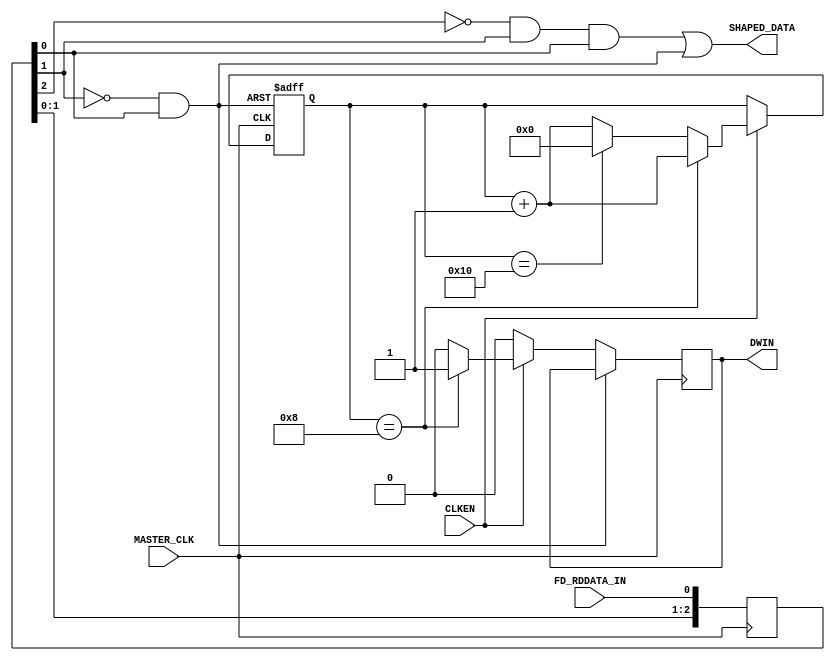
module DataSeparator(MASTER_CLK, CLKEN, FD_RDDATA_IN, SHAPED_DATA, DWIN);

	input				MASTER_CLK;			// Master Clock -- Data rate * PJL_COUNTER_MAX
	input				CLKEN;				// Clock Enable -- allows input clock to be divided down
	input				FD_RDDATA_IN;		// L->H on flux transition
	output			SHAPED_DATA;		// Reshaped data pulses
	output			DWIN;					// Data Window

	// Max counter value for PJL data separator.
	// 16 for 32-clock (16MHz=500kbps), 20 for 40-clock (20MHz=500kbps)
	parameter PJL_COUNTER_MAX = 8'd16;

/////////////////////////////////////////////////////////////////////////////
// "Phase-jerked loop" data separator
// Designed by James Thompson, Analog Innovations, Phoenix AZ.
//   Original schematic: http://www.analog-innovations.com/SED/FloppyDataExtractor.pdf
// Verilog implementation by Phil Pemberton
// Core rewritten 2010-01-29 to get more flexibility for clocking
// Rewritten from scratch 2011-12-31 to fix all the timing violations.
//   Winners don't use asynchronous logic in FPGAs...
//
// This is a total rewrite, with a completely different synchroniser-decoder
// arrangement, and is far more suited to FPGA implementation. Everything is
// implemented in a single clock domain, and there's only one asynchronous
// reset (which is generated from MASTER_CLK anyway).
//
// Basically, we have a counter and an input signal source. When the counter
// hits max-count, we reset it to zero. When it hits the half-way point, we
// flip DATA_WINDOW (although in this implementation DWIN is a pulse output,
// not a toggle). If the input signal goes high, we clear the counter.
//
// This leaves us with a fairly primitive digital phase-locked loop.

	//// Input synchronisation (The Synchrotron)
	// This takes a pulse of arbitrary width from the floppy drive, and
	// converts it to a one clock wide negative pulse (U2B) and a two clock
	// wide negative pulse (SHAPED_DATA)
	reg [2:0] syncroniser_r;
	always @(posedge MASTER_CLK) begin
			syncroniser_r <= {syncroniser_r[1:0], FD_RDDATA_IN};
	end

	wire u2b = (!syncroniser_r[1] && syncroniser_r[0]);
	assign SHAPED_DATA = (!syncroniser_r[2] && syncroniser_r[1] && syncroniser_r[0]) || u2b;

	//// PJL counter
	reg [7:0] pjl_counter;
	reg DWIN;
	always @(posedge MASTER_CLK or posedge u2b) begin
		if (u2b) begin
			// Asynchronous clear
			pjl_counter <= 8'd0;
		end else begin
			DWIN <= 1'b0;
			if (CLKEN) begin
				// Increment PJL counter
				pjl_counter <= pjl_counter + 8'd1;

				if (pjl_counter == (PJL_COUNTER_MAX / 8'd2)) begin
					// Hit half-way point. Flag a data window.
					DWIN <= 1'b1;
				end else if (pjl_counter == PJL_COUNTER_MAX) begin
					// Hit max count. Reset counter.
					pjl_counter <= 8'd0;
				end
			end
		end
	end

endmodule

// vim: ts=3 sw=3